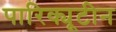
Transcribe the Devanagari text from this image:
पारिक्यूटीन